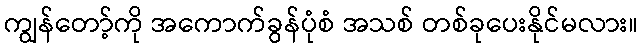
ကျွန်တော့်ကို အကောက်ခွန်ပုံစံ အသစ် တစ်ခုပေးနိုင်မလား။